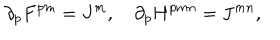
\partial _ { p } F ^ { p m } = J ^ { m } , \quad \partial _ { p } H ^ { p m n } = J ^ { m n } ,